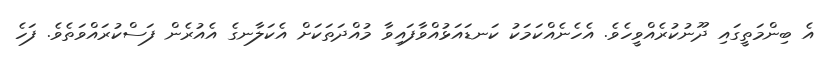
އެ ބިންމަތީގައި ދޫނުކުރެއްވީހެވެ. އެހެނެއްކަމަކު ކަނޑައަޅުއްވާފައިވާ މުއްދަތަކަށް އެކަލާނގެ އެއުރެން ފަސްކުރައްވަތެވެ. ފަހެ